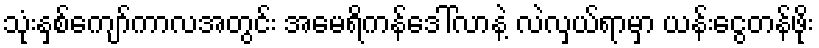
သုံးနှစ်ကျော်ကာလအတွင်း အမေရိကန်ဒေါ်လာနဲ့ လဲလှယ်ရာမှာ ယန်းငွေတန်ဖိုး